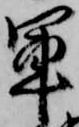
軍